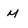
Character: m